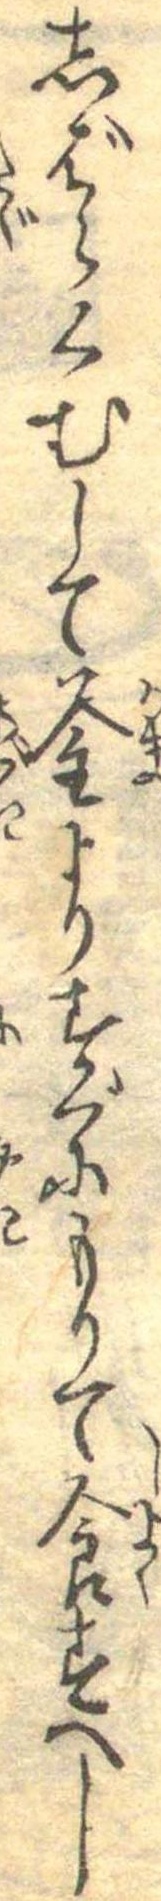
しばらくむして釜よりすぐにもりて食すへし